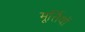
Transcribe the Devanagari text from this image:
मूर्त्तियों